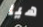
هيا